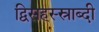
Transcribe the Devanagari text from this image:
द्विसहस्स्राब्दी